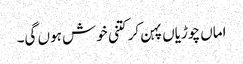
اماں چوڑیاں پہن کر کتنی خوش ہوں گی۔